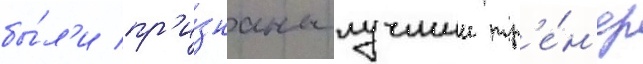
бы́л'и пр'и́знаны лучшии тр'е́н'ер